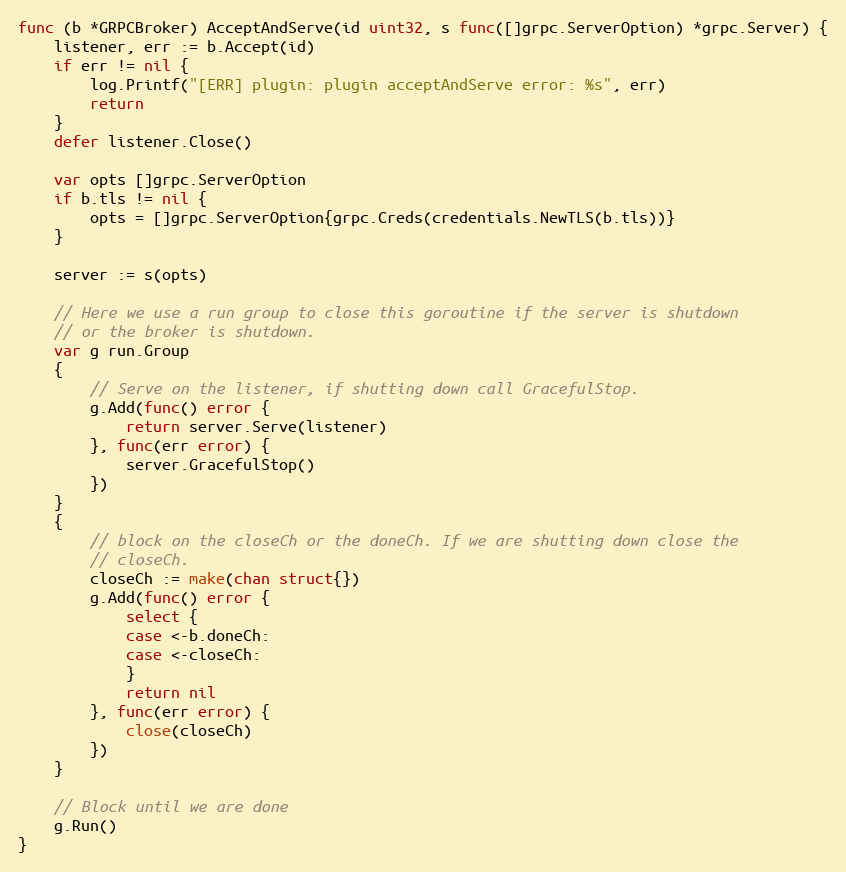
Language: Go
func (b *GRPCBroker) AcceptAndServe(id uint32, s func([]grpc.ServerOption) *grpc.Server) {
	listener, err := b.Accept(id)
	if err != nil {
		log.Printf("[ERR] plugin: plugin acceptAndServe error: %s", err)
		return
	}
	defer listener.Close()

	var opts []grpc.ServerOption
	if b.tls != nil {
		opts = []grpc.ServerOption{grpc.Creds(credentials.NewTLS(b.tls))}
	}

	server := s(opts)

	// Here we use a run group to close this goroutine if the server is shutdown
	// or the broker is shutdown.
	var g run.Group
	{
		// Serve on the listener, if shutting down call GracefulStop.
		g.Add(func() error {
			return server.Serve(listener)
		}, func(err error) {
			server.GracefulStop()
		})
	}
	{
		// block on the closeCh or the doneCh. If we are shutting down close the
		// closeCh.
		closeCh := make(chan struct{})
		g.Add(func() error {
			select {
			case <-b.doneCh:
			case <-closeCh:
			}
			return nil
		}, func(err error) {
			close(closeCh)
		})
	}

	// Block until we are done
	g.Run()
}